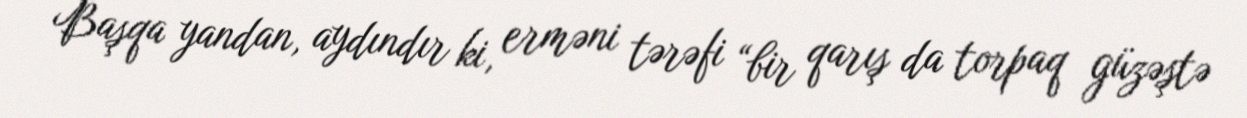
Başqa yandan, aydındır ki, erməni tərəfi “bir qarış da torpaq güzəştə